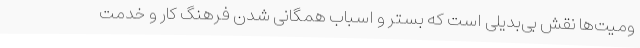
ومیت‌ها نقش بی‌بدیلی است که بستر و اسباب همگانی شدن فرهنگ کار و خدمت